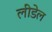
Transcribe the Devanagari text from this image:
लीडेल